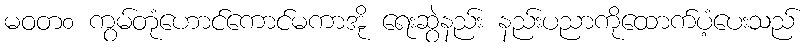
မဝတ၀ ကွမ်တုံဟောင်ကောင်မကာအို ရေးဆွဲနည်း နည်းပညာကိုထောက်ပံ့ပေးသည်